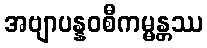
အဗျာပန္နဝစီကမ္မန္တဿ